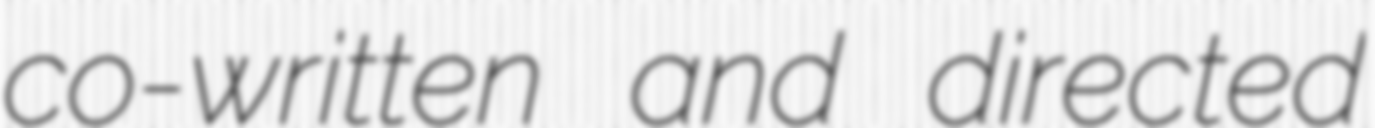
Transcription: co-written and directed